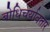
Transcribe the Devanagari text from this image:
बोधिचर्यावतार